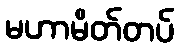
မဟာမိတ်တပ်